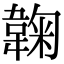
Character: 䪕